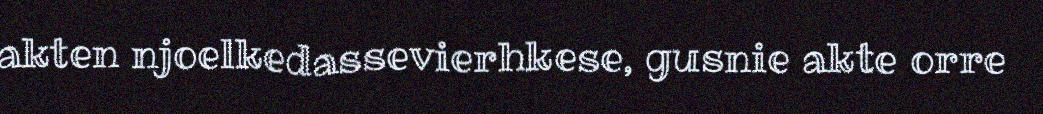
akten njoelkedassevierhkese, gusnie akte orre